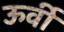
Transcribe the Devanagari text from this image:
ऊर्वी